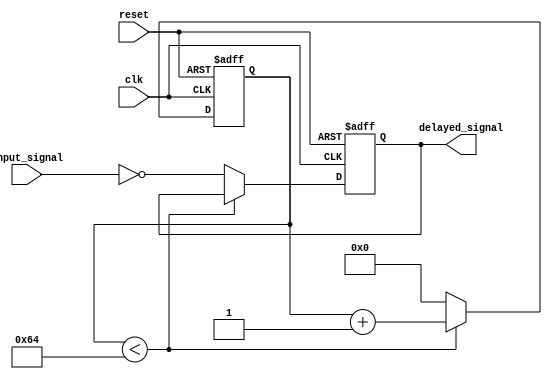
module Inverter_Delay (
    input wire clk,
    input wire reset,
    input wire input_signal,
    output reg delayed_signal
);

reg [31:0] counter;

always @ (posedge clk or posedge reset) begin
    if (reset) begin
        counter <= 0;
        delayed_signal <= 1'b0;
    end else begin
        if (counter < 100) begin // Adjust the delay value as needed
            counter <= counter + 1;
        end else begin
            counter <= 0;
            delayed_signal <= ~input_signal;
        end
    end
end

endmodule